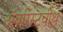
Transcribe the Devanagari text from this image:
अॅबरिस्टवीथ